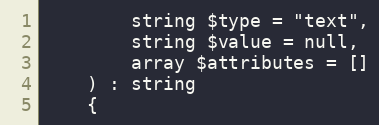
Language: PHP
        string $type = "text",
        string $value = null,
        array $attributes = []
    ) : string
    {